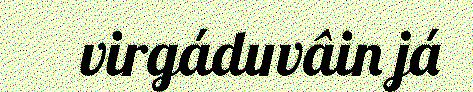
virgáduvâin já